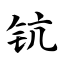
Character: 钪